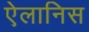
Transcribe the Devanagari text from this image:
ऐलानिस